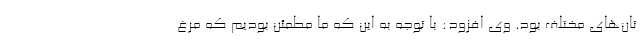
تان‌های مختلف بود. وی افزود: با توجه به این که ما مطمئن بودیم که مرغ